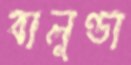
বালুণ্ডা